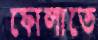
ফোলাতে